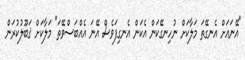
"އޭނައަށް އެނގޭތަ މަލާކަށް ނުހިނގޭކަން އެކަން އެނގިފަވެސް އޭނަ އެއްބަސްވޭތަ" މަލާކަށް ޤަބޫލުކުރަން